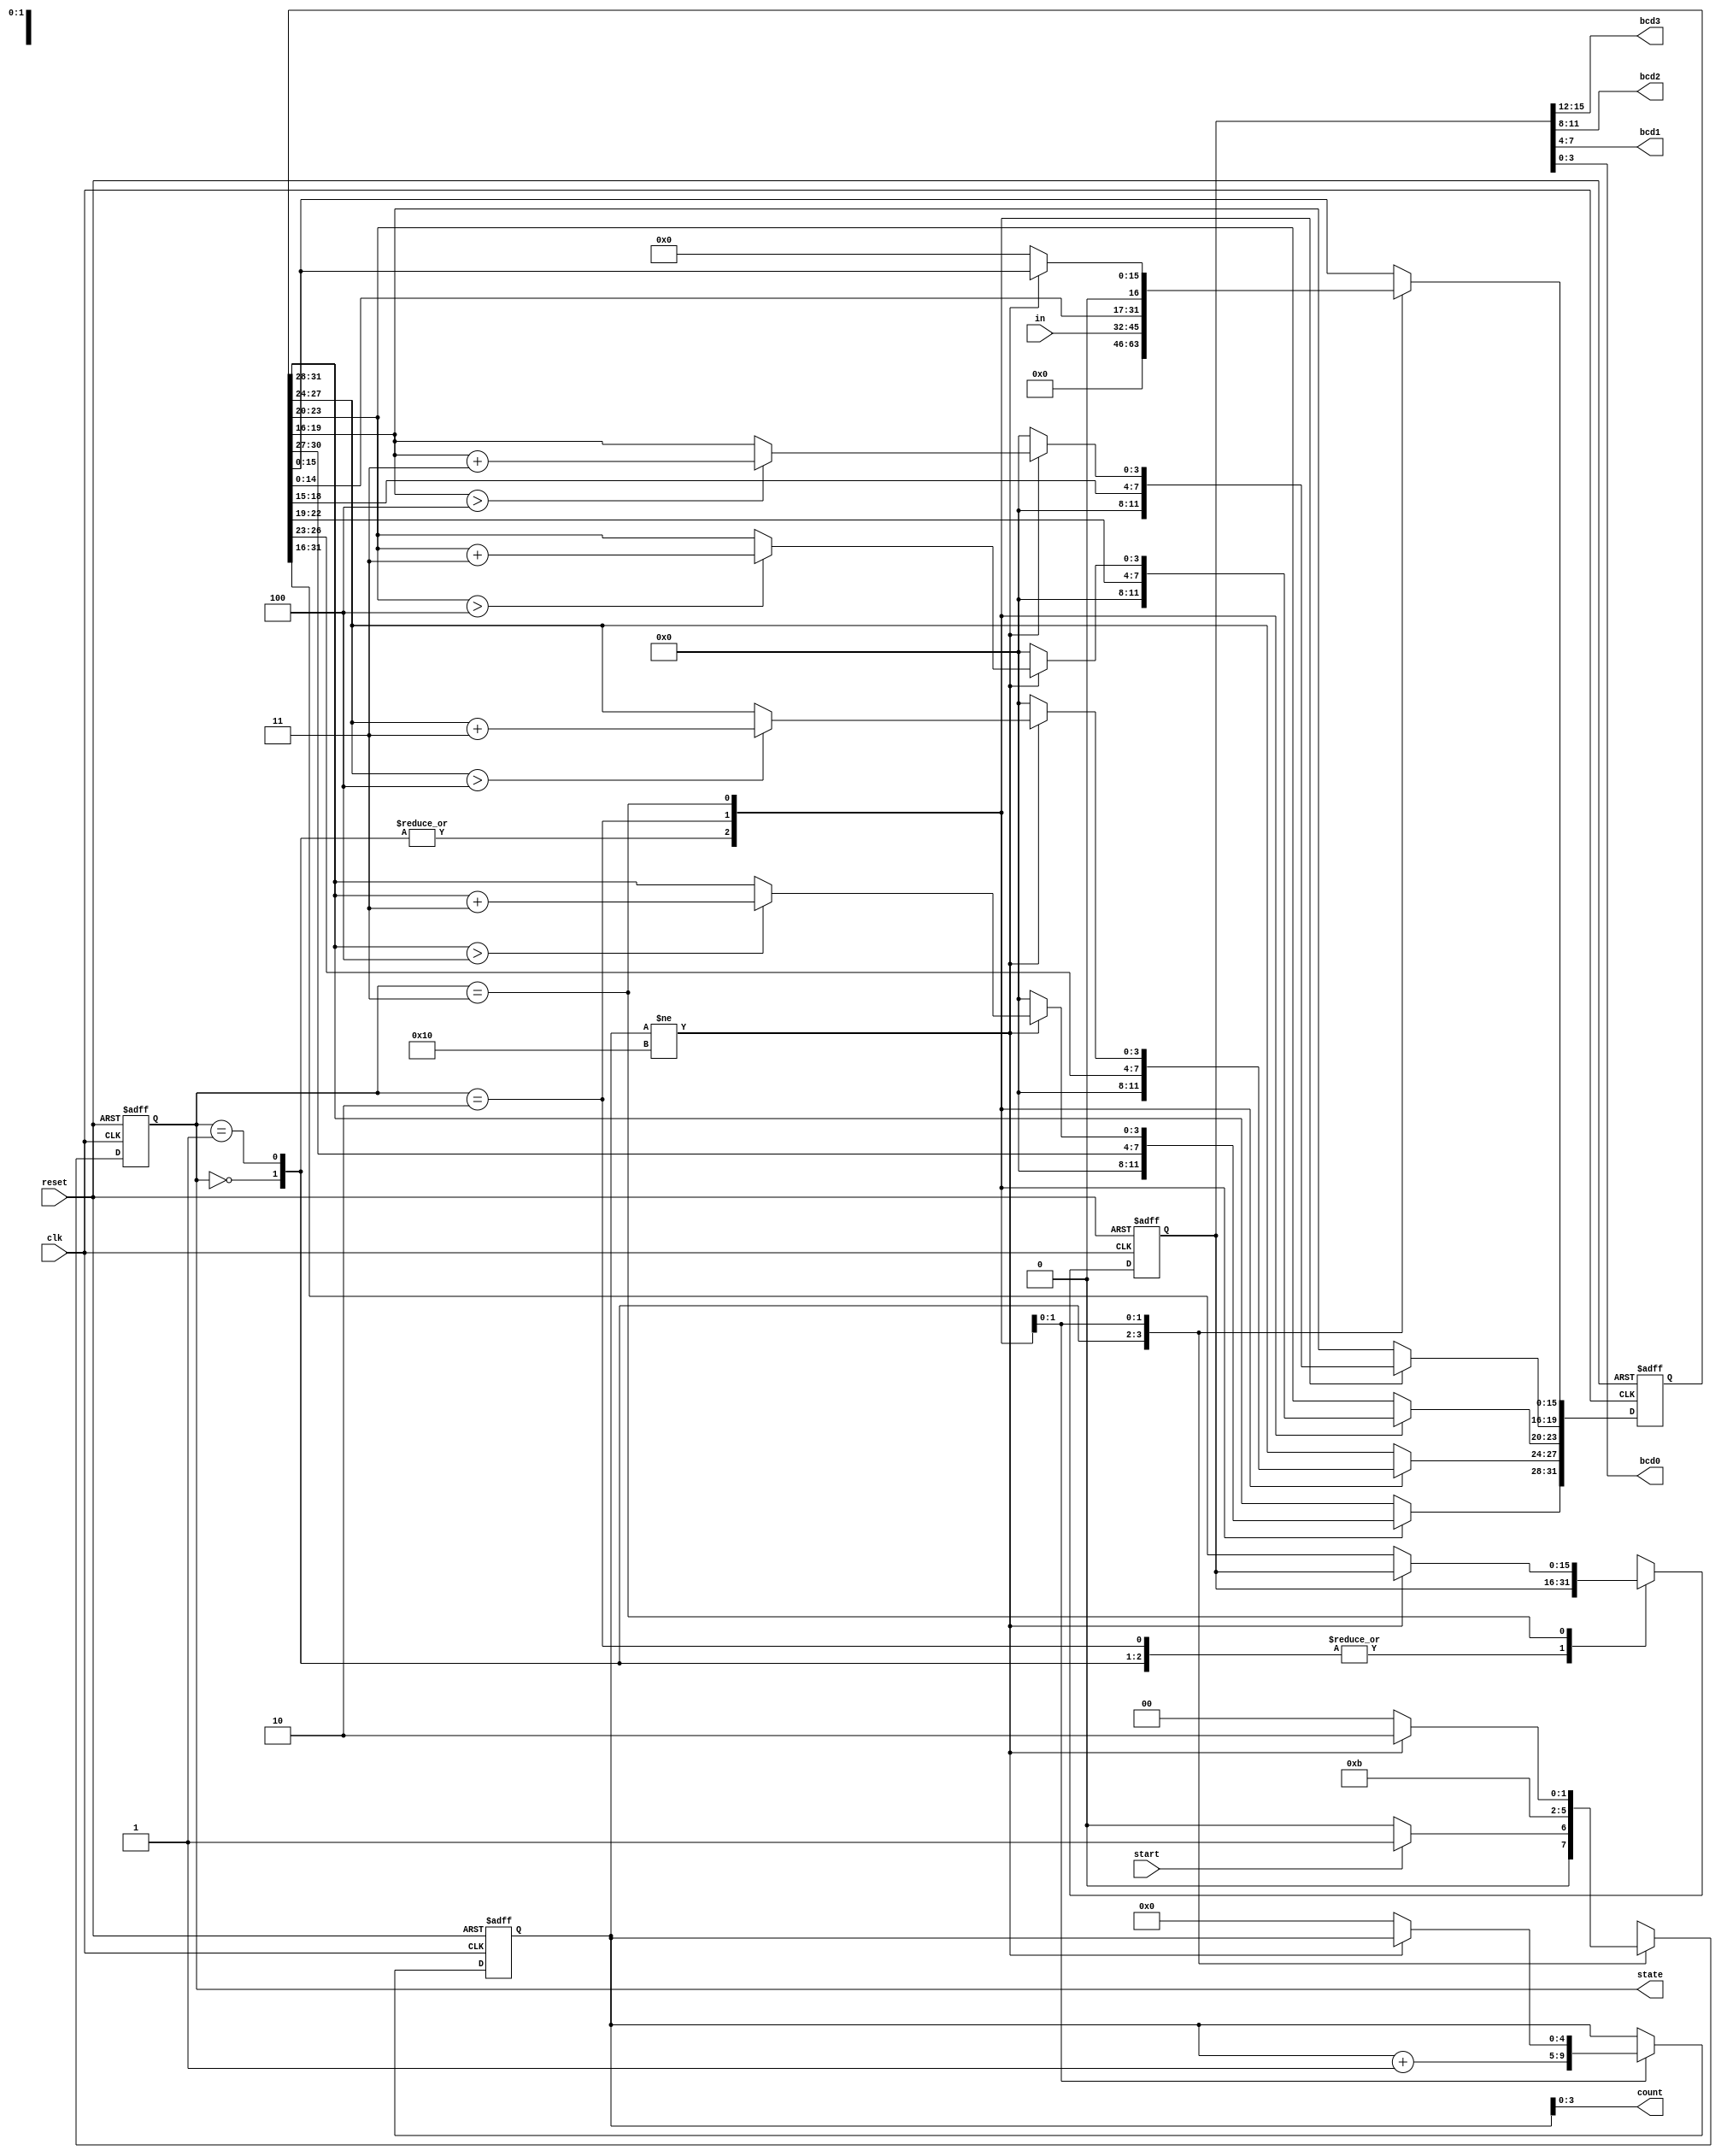
`timescale 1ns / 1ps

module binary2bcd(
   input clk, reset, start,
   input [13:0] in,
   output [3:0] bcd3, bcd2, bcd1, bcd0,
   output [3:0] count,
   output [1:0] state
);

   localparam  IDLE        = 2'b00,
               INIT        = 2'b01,
               SHIFT       = 2'b10,
               CHECK       = 2'b11;

   reg [15:0] bcd_reg=0;
   reg [4:0] count_reg=0;
   reg [31:0] temp_reg=0;
   reg [1:0] state_reg=0;


   always @(posedge clk, posedge reset) begin
      if(reset) begin
         bcd_reg     <=0;
         count_reg   <=0;
         temp_reg    <=0;
         state_reg   <=IDLE;
      end
      else begin
         case (state_reg)
            IDLE  : begin
                     bcd_reg  <= bcd_reg; 
                     temp_reg <= 0; 
                     if(start) begin 
                        state_reg   <= INIT; 
                     end 
                     else begin 
                        state_reg   <= IDLE; 
                     end
            end

            INIT  : begin
                     bcd_reg  <= bcd_reg;
                     temp_reg <= {18'h00000, in};
                     state_reg<= SHIFT;
            end

            SHIFT :  begin
                        bcd_reg  <=bcd_reg;
                        temp_reg <={temp_reg[30:0], 1'b0};
                        count_reg<=count_reg+1;
                        state_reg<=CHECK;
            end

            CHECK :  begin
                        if(count_reg!=16) begin
                           bcd_reg<=bcd_reg;
                           if(temp_reg[31:28]>4) begin
                              temp_reg[31:28]<=temp_reg[31:28]+3;
                           end
                           if(temp_reg[27:24]>4) begin
                              temp_reg[27:24]<=temp_reg[27:24]+3;
                           end
                           if(temp_reg[23:20]>4) begin
                              temp_reg[23:20]<=temp_reg[23:20]+3;
                           end
                           if(temp_reg[19:16]>4) begin
                              temp_reg[19:16]<=temp_reg[19:16]+3;
                           end
                           state_reg<=SHIFT;
                        end
                        else begin
                           bcd_reg<=temp_reg[31:16];
                           temp_reg<=0;
                           count_reg<=0;
                           state_reg<=IDLE;
                        end
            end
         endcase
      end

   end


   assign count=count_reg;
   assign state=state_reg;
   assign bcd0=bcd_reg[3:0];
   assign bcd1=bcd_reg[7:4];
   assign bcd2=bcd_reg[11:8];
   assign bcd3=bcd_reg[15:12];

endmodule